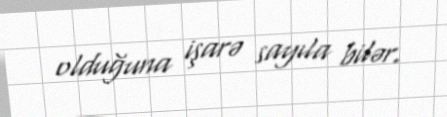
olduğuna işarə sayıla bilər.